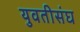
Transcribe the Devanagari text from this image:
युवतीसंघ